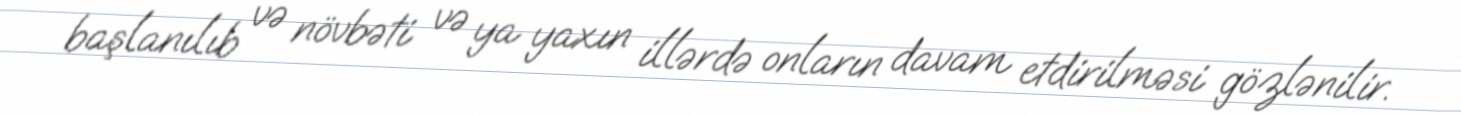
başlanılıb və növbəti və ya yaxın illərdə onların davam etdirilməsi gözlənilir.